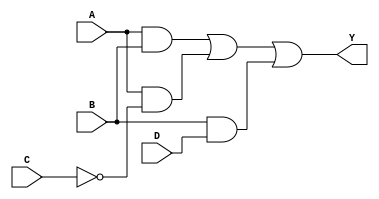
module sop_combination (
    input wire A,      // Input A
    input wire B,      // Input B
    input wire C,      // Input C
    input wire D,      // Input D
    output wire Y      // Output Y
);

// Internal signals for the product terms
wire AB;         // A AND B
wire A_not_C;    // A AND NOT C
wire B_and_D;    // B AND D
wire not_C;      // NOT C

// Logic for NOT C
assign not_C = ~C;

// Logic for product terms
assign AB = A & B;           // Product term A AND B
assign A_not_C = A & not_C;  // Product term A AND NOT C
assign B_and_D = B & D;      // Product term B AND D

// Final output Y is the sum of the product terms
assign Y = AB | A_not_C | B_and_D; // Y = AB + A_not_C + BD

endmodule